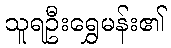
သူရဦးရွှေမန်း၏